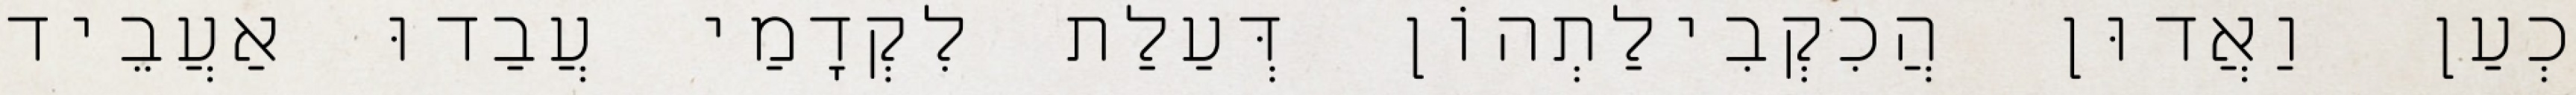
כְעַן וַאֲדוּן הֲכִקְבִילַתְהוֹן דְּעַלַת לִקְדָמַי עֲבַדוּ אַעֲבֵיד